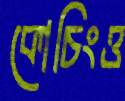
কোচিংও